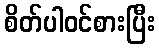
စိတ်ပါဝင်စားပြီး